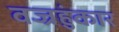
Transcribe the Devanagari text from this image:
वज्रहुंकार